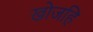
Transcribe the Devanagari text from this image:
खोजहि